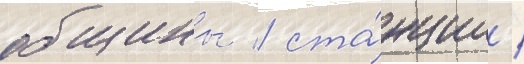
общины / ста́нции /